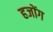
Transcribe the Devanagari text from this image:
हजोंग